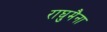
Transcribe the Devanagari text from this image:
राघुमैना